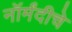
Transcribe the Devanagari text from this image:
नॉर्मंदीचे